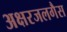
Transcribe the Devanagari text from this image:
अक्षरजलगैस